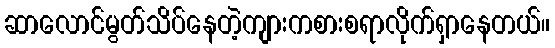
ဆာလောင်မွတ်သိပ်နေတဲ့ကျားကစားစရာလိုက်ရှာနေတယ်။